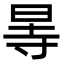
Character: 㫭